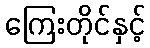
ကြေးတိုင်နှင့်